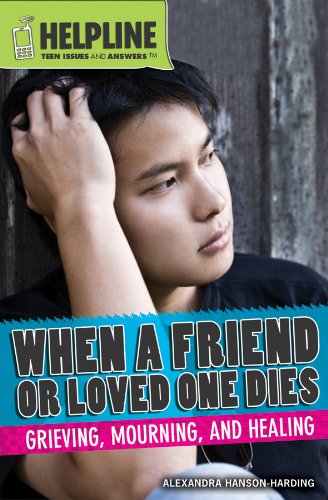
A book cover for When a Friend or Loved One Dies: Grieving, Mourning, and Healing (Helpline: Teen Issues and Answers); Alexandra Hanson-Harding; Teen & Young Adult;